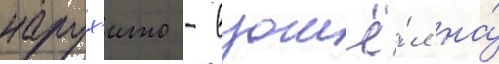
нарух'ито - взошё́л на́